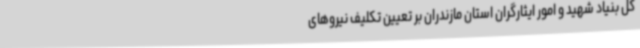
کل بنیاد شهید و امور ایثارگران استان مازندران بر تعیین تکلیف نیروهای